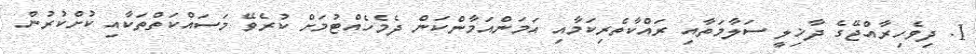
1. ދިވެހިރާއްޖޭގެ ދާޚިލީ ސަލާމަތާއި ރައްކާތެރިކަމާއި އަމަންއަމާންކަން ދެމެހެއްޓުމަށް ކުރެވޭ މަސައްކަތްތަކާއި ކުށްކުރުން